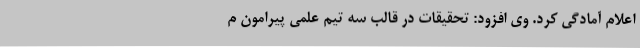
اعلام آمادگی کرد. وی افزود: تحقیقات در قالب سه تیم علمی پیرامون م